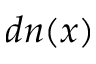
d n ( x )